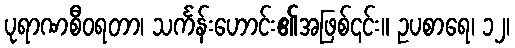
ပုရာဏစီဝရတာ၊ သင်္ကန်းဟောင်း၏အဖြစ်၎င်း။ ဥပစာရေ၊ ၁၂၊